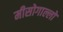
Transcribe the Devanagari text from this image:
मीसोगाल्लो